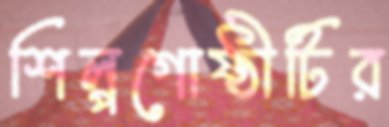
শিল্পগোষ্ঠীটির